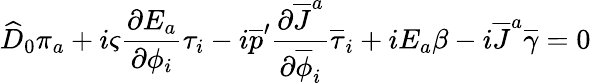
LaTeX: \widehat{D}_{0}\pi_{a}+i\varsigma{\frac{\partial E_{a}}{\partial\phi_{i}}}\tau_{i}-i\overline{{{p}}}^{\prime}{\frac{\partial\overline{{{J}}}^{a}}{\partial\overline{{{\phi}}}_{i}}}\overline{{{\tau}}}_{i}+iE_{a}\beta-i\overline{{{J}}}^{a}\overline{{{\gamma}}}=0